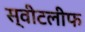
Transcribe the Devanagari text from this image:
स्वीटलीफ